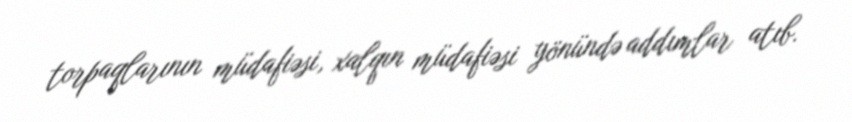
torpaqlarının müdafiəsi, xalqın müdafiəsi yönündə addımlar atıb.